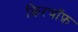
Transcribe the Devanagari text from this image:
किरचॉफ़